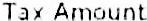
TAX AMOUNT